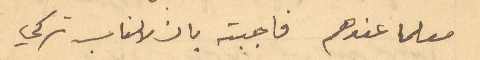
معلما عندهم فاجبته بان لا يناسب تركي